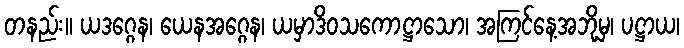
တနည်း။ ယဒဂ္ဂေန၊ ယေနအဂ္ဂေန၊ ယမှာဒိဝသကောဋ္ဌာသော၊ အကြင်နေ့အဘို့မှ၊ ပဋ္ဌာယ၊